Senior Leaving Certificate Examination (including Day School Certificate (Higher) General paper), 1948
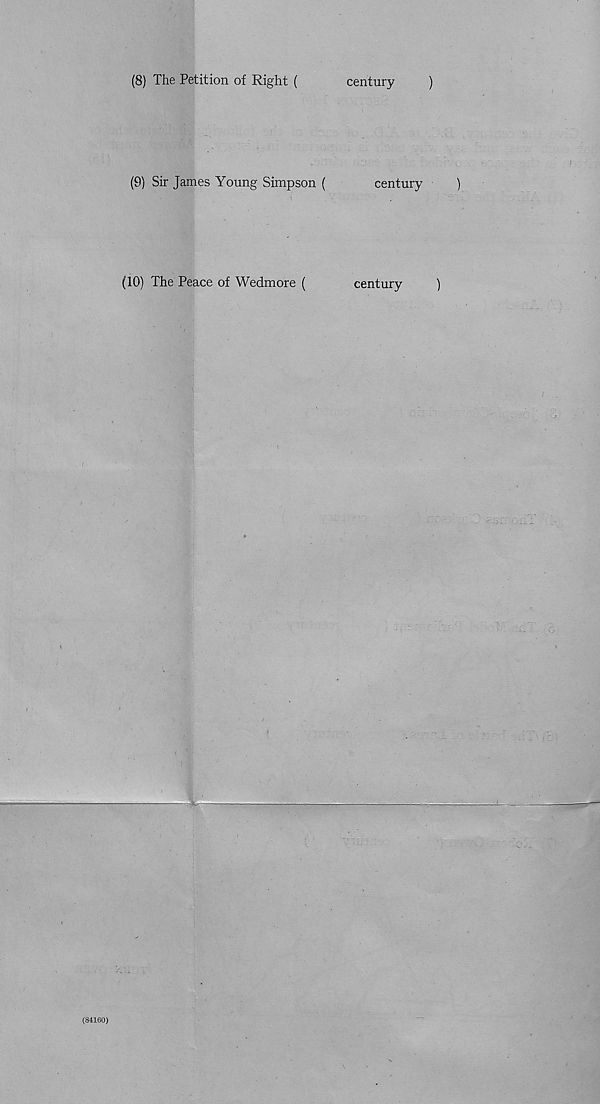
century
(8) The Petition of Right (
(9) Sir James Young Simpson (
(10) The Peace of Wedmore (
century
century
(84160)